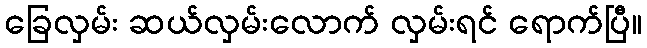
ခြေလှမ်း ဆယ်လှမ်းလောက် လှမ်းရင် ရောက်ပြီ။